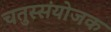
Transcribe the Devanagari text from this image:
चतुस्संयोजक